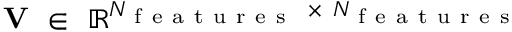
\mathbf { V } ~ \in ~ \mathbb { R } ^ { N _ { \mathrm { ~ f ~ e ~ a ~ t ~ u ~ r ~ e ~ s ~ } } ~ \times ~ N _ { \mathrm { ~ f ~ e ~ a ~ t ~ u ~ r ~ e ~ s ~ } } }